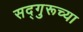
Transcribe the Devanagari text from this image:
सद्‌गुरूच्या